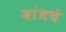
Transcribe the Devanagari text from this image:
बांधचे